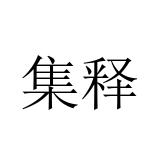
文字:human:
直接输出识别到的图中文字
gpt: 集释